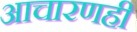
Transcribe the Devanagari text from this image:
आचारणही